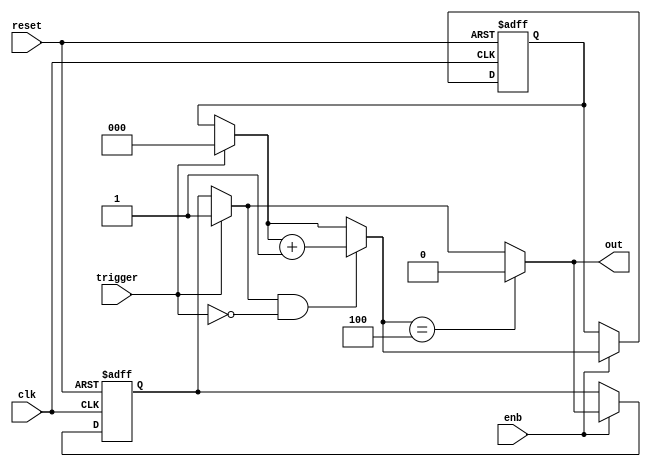
// -------------------------------------------------------------
// 
// 
// Generated by MATLAB 9.13 and HDL Coder 4.0
// 
// -------------------------------------------------------------


// -------------------------------------------------------------
// 
// Module: whdlOFDMTx_MATLAB_Function1_block1
// Source Path: whdlOFDMTx/Frame Generator/Header/Interleaver/Generate Ready/MATLAB Function1
// Hierarchy Level: 6
// 
// -------------------------------------------------------------

`timescale 1 ns / 1 ns

module whdlOFDMTx_MATLAB_Function1_block1
          (clk,
           reset,
           enb,
           trigger,
           out);


  input   clk;
  input   reset;
  input   enb;
  input   trigger;
  output  out;


  reg  out_1;
  reg [2:0] count;  // ufix3
  reg  state;
  reg [2:0] count_next;  // ufix3
  reg  state_next;
  reg [2:0] count_temp;  // ufix3
  reg  state_temp;


  always @(posedge clk or posedge reset)
    begin : MATLAB_Function1_process
      if (reset == 1'b1) begin
        count <= 3'b000;
        state <= 1'b0;
      end
      else begin
        if (enb) begin
          count <= count_next;
          state <= state_next;
        end
      end
    end

  always @(count, state, trigger) begin
    count_temp = count;
    state_temp = state;
    // %% Executes in current clock cycle
    if (trigger) begin
      state_temp = 1'b1;
      count_temp = 3'b000;
    end
    if (state_temp && ( ! trigger)) begin
      count_temp = count_temp + 3'b001;
    end
    if (count_temp == 3'b100) begin
      state_temp = 1'b0;
    end
    out_1 = state_temp;
    count_next = count_temp;
    state_next = state_temp;
  end



  assign out = out_1;

endmodule  // whdlOFDMTx_MATLAB_Function1_block1